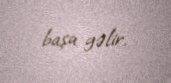
başa gəlir.